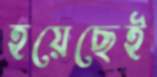
হয়েছেই